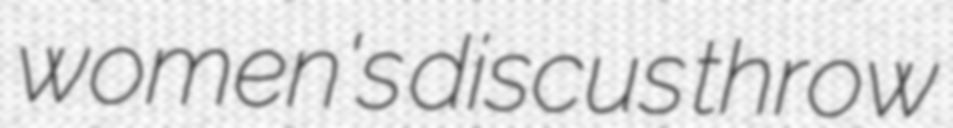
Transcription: women's discus throw